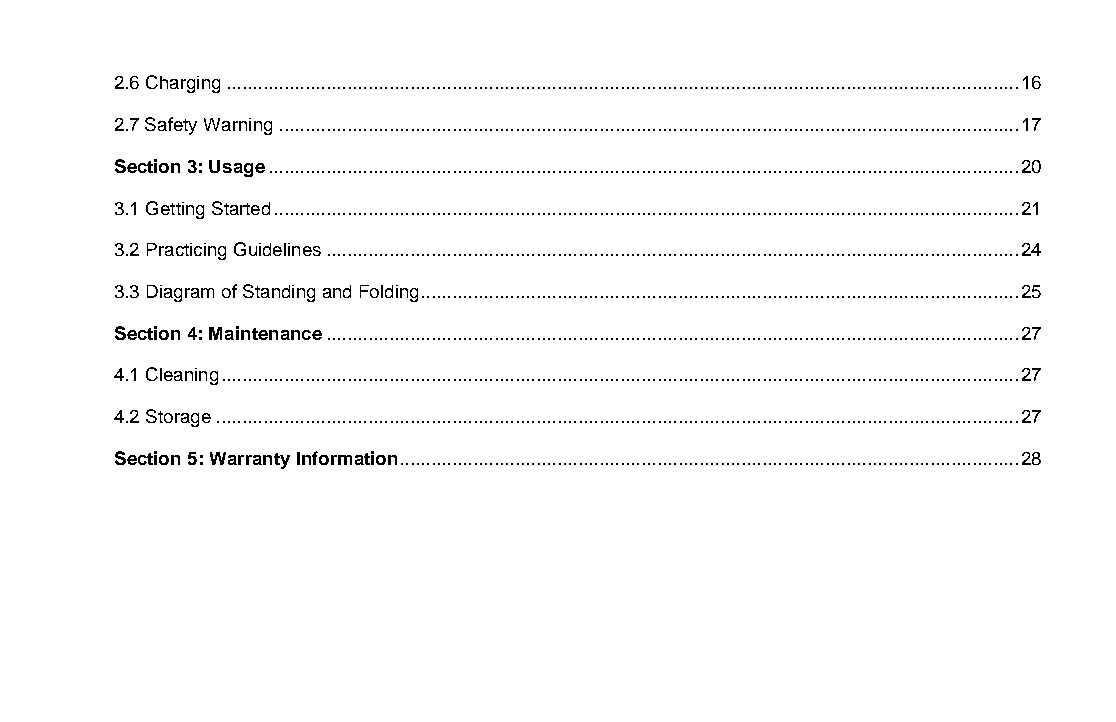
2.6 Charging ....................................................................................................................................................... 16
 2.7 Safety Warning ............................................................................................................................................. 17
 Section 3: Usage ............................................................................................................................................... 20
 3.1 Getting Started .............................................................................................................................................. 21
 3.2 Practicing Guidelines .................................................................................................................................... 24
 3.3 Diagram of Standing and Folding .................................................................................................................. 25
 Section 4: Maintenance .................................................................................................................................... 27
 4.1 Cleaning ........................................................................................................................................................ 27
 4.2 Storage ......................................................................................................................................................... 27
 Section 5: Warranty Information ...................................................................................................................... 28